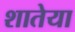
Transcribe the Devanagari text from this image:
शातेया